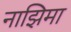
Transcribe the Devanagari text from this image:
नाझिमा